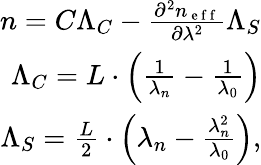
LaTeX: \begin{array}{r}{n=C\Lambda_{C}-\frac{\partial^{2}n_{\mathrm{~e~f~f~}}}{\partial\lambda^{2}}\Lambda_{S}}\\ {\Lambda_{C}=L\cdot\left(\frac{1}{\lambda_{n}}-\frac{1}{\lambda_{0}}\right)}\\ {\Lambda_{S}=\frac{L}{2}\cdot\left(\lambda_{n}-\frac{\lambda_{n}^{2}}{\lambda_{0}}\right),}\end{array}